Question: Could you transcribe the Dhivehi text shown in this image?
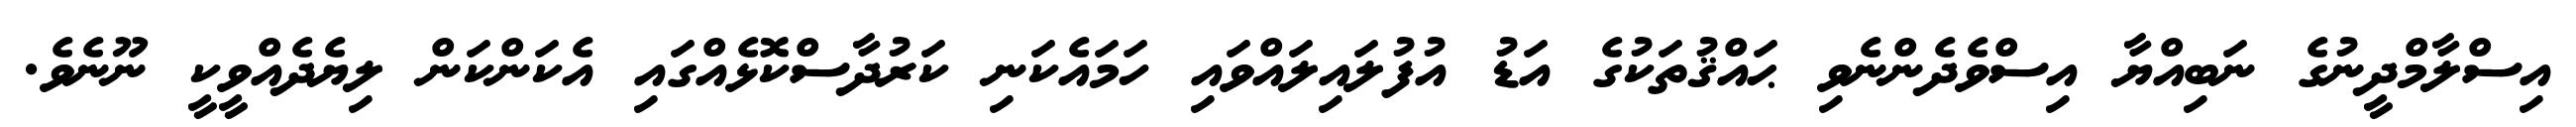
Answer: އިސްލާމްދީނުގެ ނަބިއްޔާ އިސްވެދެންނެވި ޙައްޤުތަކުގެ އަޑު އުފުލައިލައްވައި ހަމައެކަނި ކަރުދާސްކޮޅެއްގައި އެކަންކަން ލިޔެދެއްވީކީ ނޫނެވެ.